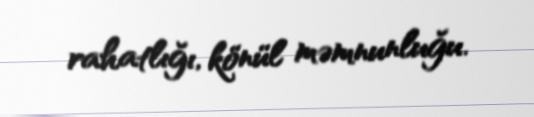
rahatlığı, könül məmnunluğu.